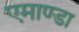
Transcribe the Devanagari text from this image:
एमाण्डा